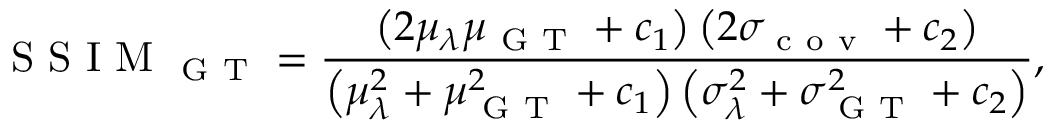
\mathrm { ~ S ~ S ~ I ~ M ~ } _ { \mathrm { ~ G ~ T ~ } } = \frac { \left( 2 \mu _ { \lambda } \mu _ { \mathrm { ~ G ~ T ~ } } + c _ { 1 } \right) \left( 2 \sigma _ { \mathrm { ~ c ~ o ~ v ~ } } + c _ { 2 } \right) } { \left( \mu _ { \lambda } ^ { 2 } + \mu _ { \mathrm { ~ G ~ T ~ } } ^ { 2 } + c _ { 1 } \right) \left( \sigma _ { \lambda } ^ { 2 } + \sigma _ { \mathrm { ~ G ~ T ~ } } ^ { 2 } + c _ { 2 } \right) } ,